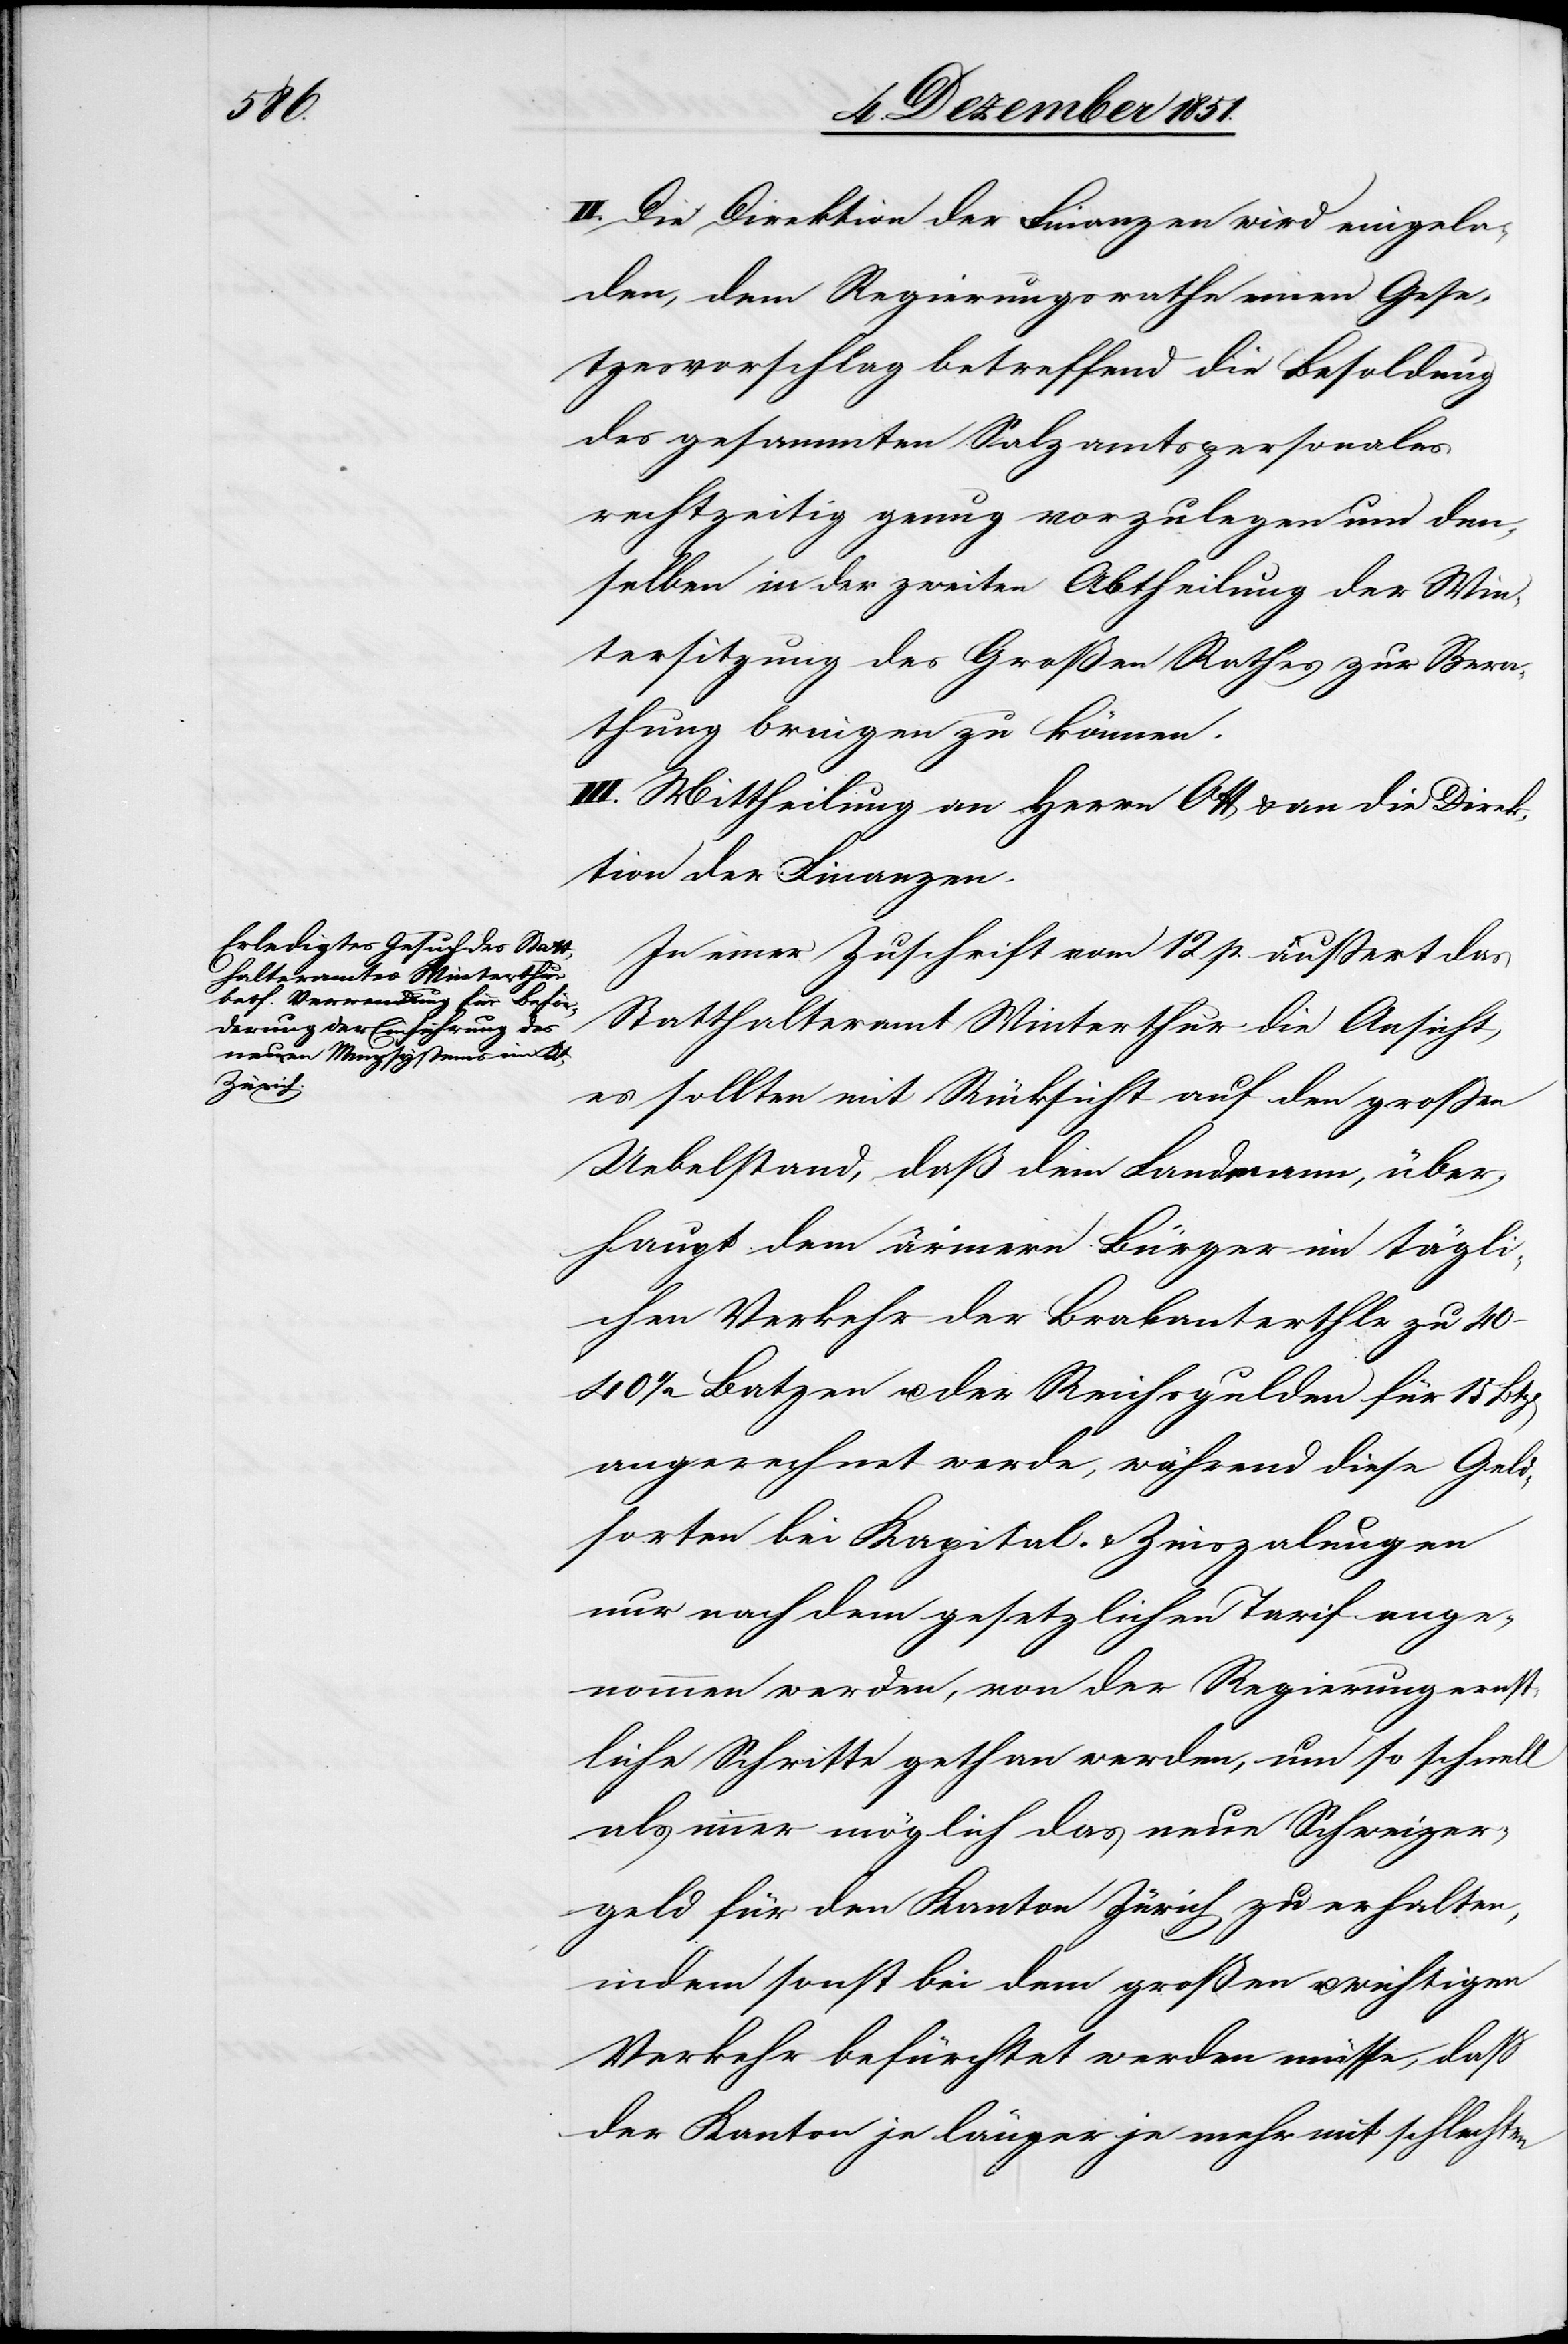
II. Die Direktion der Finanzen wird eingela¬
den, dem Regierungsrathe einen Gese¬
tzesvorschlag betreffend die Besoldung
des gesammten Salzamtspersonales
rechtzeitig genug vorzulegen um den¬
selben in der zweiten Abtheilung der Win¬
tersitzung des Großen Rathes zur Bera¬
thung bringen zu können.
III. Mittheilung an Herrn Ott & an die Direk¬
tion der Finanzen.
In einer Zuschrift vom 12 p. äußert das
Statthalteramt Winterthur die Ansicht,
es sollten mit Rücksicht auf den großen
Uebelstand, daß dem Landmann, über¬
haupt dem ärmern Bürger im tägli¬
chen Verkehr der Brabanterthlr zu 40–40
1/2 Batzen u. der Reichsgulden für 15
angerechnet werde, während diese Geld¬
sorten bei Kapital- & Zinsza[h]lungen
nur nach dem gesetzlichen Tarif ange¬
nommen werden, von der Regierung ernst¬
liche Schritte gethan werden, um so schnell
als immer möglich das neue Schweizer¬
geld für den Kanton Zürich zu erhalten,
indem sonst bei dem großen u. wichtigen
Verkehr befürchtet werden müsse, daß
der Kanton je länger je mehr mit schlechten